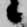
候